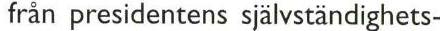
från presidentens självständighets-